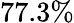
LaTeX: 77.3\%